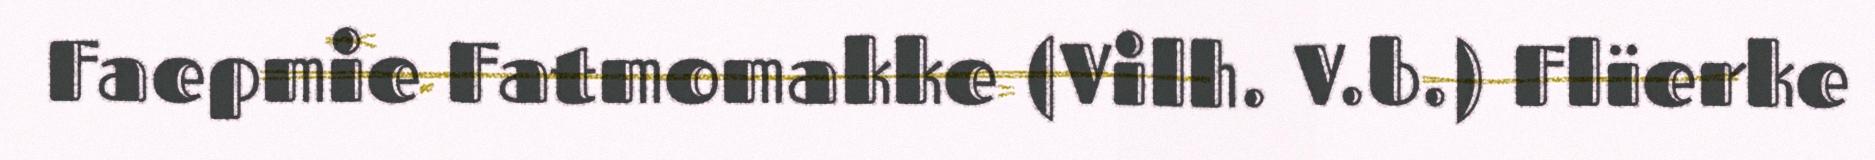
Faepmie Fatmomakke (Vilh. V.b.) Flïerke